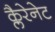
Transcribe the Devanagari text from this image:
क्लैरेनेट